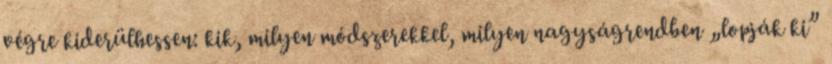
végre kiderülhessen: kik, mi­lyen mód­szerekkel, milyen nagyságrendben „lopják ki”